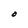
Character: O